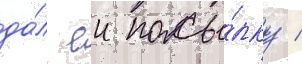
да́л еи посы́лку /